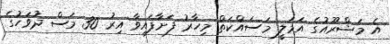
އެ މަޝްރޫއުގެ އަމަލީ މަސައްކަތް މިހާރު ފަށާފައިވާ އިރު 30 މަސް ދުވަހުގެ